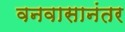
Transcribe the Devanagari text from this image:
वनवासानंतर